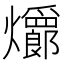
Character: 𪺆